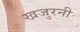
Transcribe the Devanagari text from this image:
खजुरनी